Annual statistical returns and brief notes on vaccination in Bengal - 1909-1929
Year: 1909
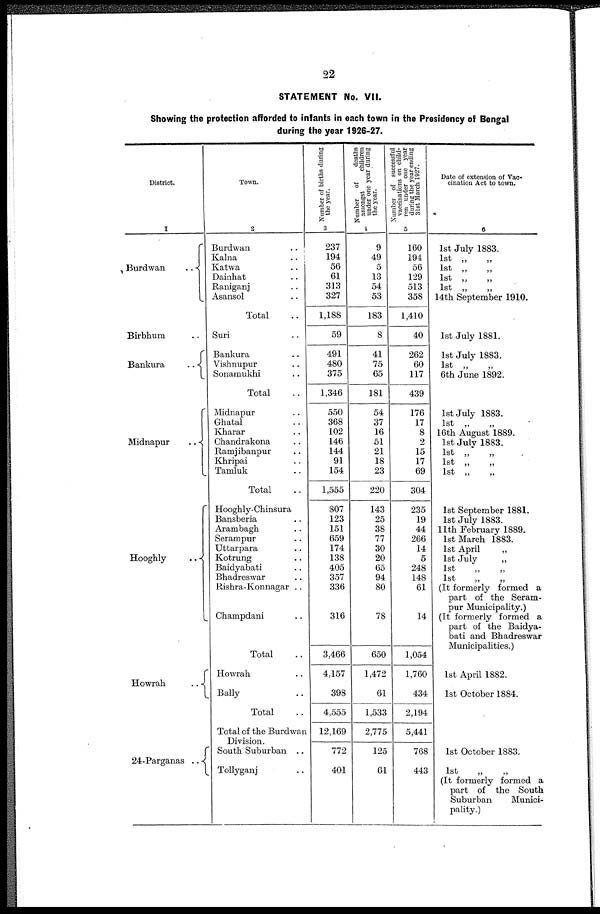
22
STATEMENT No. VII.
Showing the protection afforded to infants in each town in the Presidency of Bengal
during the year 1926-27.
District.
I
Burdwan
..
Birbhum ..
Bankura
..
Midnapur
..
Hooghly
..
Howrah
..
24-Parganas ..
Town.
2
Burdwan ..
Kalna ..
Katwa ..
Dainhat ..
Raniganj ..
Asansol ..
Total ..
Suri ..
Bankura ..
Vishnupur ..
Sonamukhi ..
Total ..
Midnapur ..
Ghatal ..
Kharar ..
Chandrakona ..
Ramjibanpur ..
Khripai ..
Tamluk ..
Total ..
Hooghly-Chinsura
Bansberia ..
Arambagh ..
Serampur ..
Uttarpara ..
Kotrung ..
Baidyabati ..
Bhadreswar ..
Rishra-Konnagar ..
Champdani ..
Total ..
Howrah..
Bally ..
Total ..
Total of the Burdwan
Division.
South Suburban ..
Tollyganj ..
Number of births during
the year.
3
237
194
56
61
313
327
1,188
59
491
480
375
1,346
550
368
102
146
144
91
154
1,555
807
123
151
659
174
138
405
357
336
316
3,466
4,157
398
4,555
12,169
772
401
Number
of
deaths
amongst
children
under one year during
the year.
1
9
49
5
13
54
53
183
8
41
75
65
181
54
37
16
51
21
18
23
220
143
25
38
77
30
20
65
94
80
78
650
1,472
61
1,533
2,775
125
61
Number of successful
vaccinations on child-
ren under one year
during the year ending
31st March 1027.
5
160
194
56
129
513
358
1,410
40
262
60
117
439
176
17
8
2
15
17
69
304
235
19
44
266
14
5
248
148
61
14
1,054
1,760
434
2,194
5,441
768
443
Date of extension of Vac-
cination Act to town.
6
1st July 1883.
1st „
„
1st „
„
1st „
„
1st „
„
14th September 1910.
1st July 1881.
1st July 1883.
1st „
„
6th June 1892.
1st July 1883.
1st „
„
16th August 1889.
1st July 1883.
1st „
„
1st „
„
1st „
„
1st September 1881.
1st July 1883.
11th February 1889.
1st March 1883.
1st April
„
1st July
„
1st
„
„
1st
„
„
(It formerly formed a
part of the Seram-
pur Municipality.)
(It formerly formed a
part of the Baidya-
bati and Bhadreswar
Municipalities.)
1st April 1882.
1st October 1884.
1st October 1883.
1st
„
„
(It formerly formed a
part of the South
Suburban
Munici-
pality.)